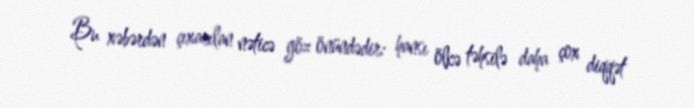
Bu xəbərdən çıxarılan nəticə göz önündədir: hansı ölkə təhsilə daha çox diqqət